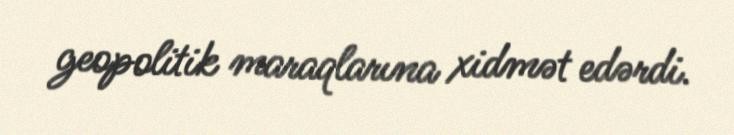
geopolitik maraqlarına xidmət edərdi.